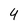
Character: 4